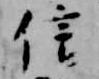
信